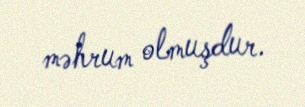
məhrum olmuşdur.